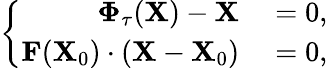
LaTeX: \left\{ \begin{array}{rl}{\boldsymbol{\Phi}_{\tau}(\mathbf{X})-\mathbf{X}}&{{}=0,}\\ {\mathbf{F}(\mathbf{X}_{0})\cdot\left(\mathbf{X}-\mathbf{X}_{0}\right)}&{{}=0,}\end{array}\right.